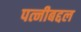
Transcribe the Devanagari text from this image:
पत्नीबद्दल